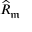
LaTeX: { \widehat { R } } _ { \mathfrak { m } }